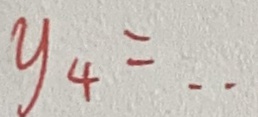
y _ { 4 } = \cdots